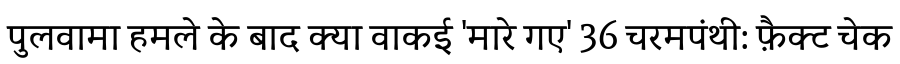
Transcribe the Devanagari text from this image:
पुलवामा हमले के बाद क्या वाकई 'मारे गए' 36 चरमपंथी: फ़ैक्ट चेक